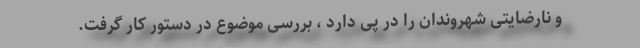
و نارضایتی شهروندان را در پی دارد ، بررسی موضوع در دستور کار گرفت.